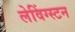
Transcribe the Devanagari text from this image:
लेविंग्स्टन